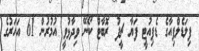
ފިލަޑެލްފިއާގެ ޑެޕިއުޓީ ފަޔާ ޗީފު ރޮބާޓް ކޯނޭ ވިދާޅުވީ އުމުރުން 61 އަހަރުގެ